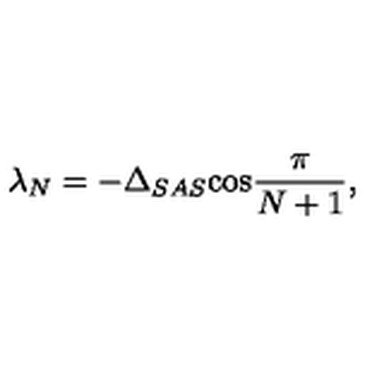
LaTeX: \lambda _ { N } = - \Delta _ { S A S } \mathrm { \cos } \frac { \pi } { N + 1 } ,